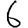
Digit: 6